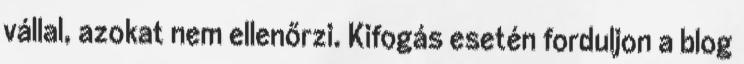
vállal, azokat nem ellenőrzi. Kifogás esetén forduljon a blog